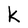
Character: k